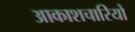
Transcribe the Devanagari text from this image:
आकाशचारियों